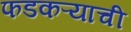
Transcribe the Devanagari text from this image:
फडकऱ्याची